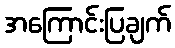
အကြောင်းပြချက်